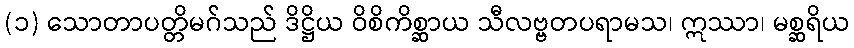
(၁) သောတာပတ္တိမဂ်သည် ဒိဋ္ဌိယ ဝိစိကိစ္ဆာယ သီလဗ္ဗတပရာမသ၊ ဣဿာ၊ မစ္ဆရိယ